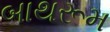
બાથરૂમ